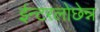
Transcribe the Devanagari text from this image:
ईन्टरलोछेन्न